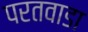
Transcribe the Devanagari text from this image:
परतवाडा